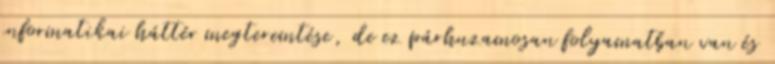
informatikai háttér megteremtése, de ez párhuzamosan folyamatban van és